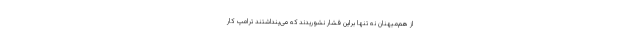
از هم‌میهنان نه تنها براین فشار نشوریدند که می‌پنداشتند ترامپ کار